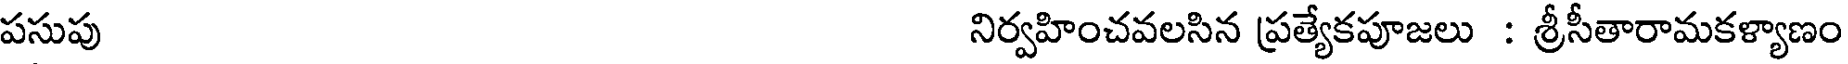
పసుపు నిర్వహించవలసిన ప్రత్యేకపూజలు : శ్రీసీతారామకళ్యాణం